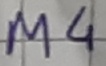
Text: M4